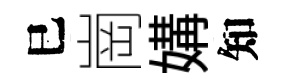
巳崗媾知